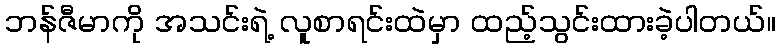
ဘန်ဇီမာကို အသင်းရဲ့ လူစာရင်းထဲမှာ ထည့်သွင်းထားခဲ့ပါတယ်။